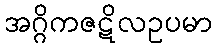
အဂ္ဂိကဇဋိလဥပမာ